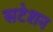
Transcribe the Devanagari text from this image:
सटेशन